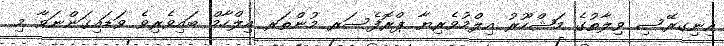
އިނިގރޭސި ވިލާތުގެ މަޝްހޫރު އިލްމުވެރިޔާ ޕްރޮފެސަރ މުންތަރ އިލްހާމް ބައިވެރިވެ ވަޑައިގަންނަވާ މި